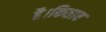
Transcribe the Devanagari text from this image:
है।किताब